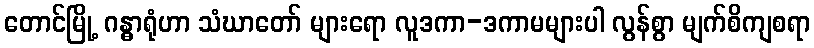
တောင်မြို့ ဂန္ဓာရုံဟာ သံဃာတော် များရော လူဒကာ-ဒကာမများပါ လွန်စွာ မျက်စိကျစရာ